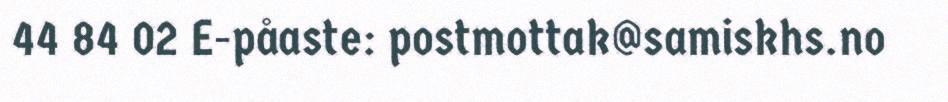
44 84 02 E-påaste: postmottak@samiskhs.no